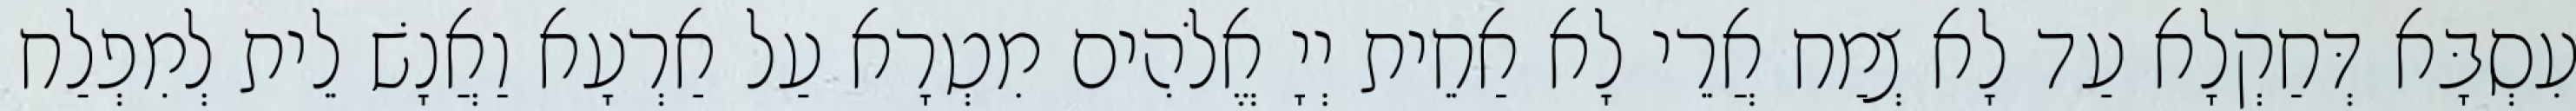
עִסְבָּא דְּחַקְלָא עַד לָא צְמַח אֲרֵי לָא אַחֵית יְיָ אֱלֹהִים מִטְרָא עַל אַרְעָא וַאֲנָשׁ לֵית לְמִפְלַח